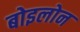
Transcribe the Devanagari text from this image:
बोइलोन